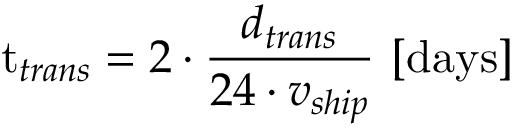
\mathrm { t } _ { t r a n s } = 2 \cdot \frac { d _ { t r a n s } } { 2 4 \cdot v _ { s h i p } } \ [ \mathrm { d a y s } ]